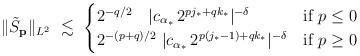
LaTeX: \begin{align*}\|{\tilde S}_{\bf p}\|_{L^2} \ \lesssim \ \begin{cases}2^{- q/2} \ \ \ |c_{\alpha_{*}} \, 2^{p j_{*} + q k_{*}} |^{-\delta} & \mbox{\rm if} \ p\le 0 \\2^{-(p+q)/2} \ |c_{\alpha_{*}} \, 2^{p(j_{*} -1) + q k_{*}} |^{-\delta} & \mbox{\rm if} \ p\ge 0 \end{cases}\end{align*}